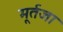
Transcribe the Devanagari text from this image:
मूर्तजा